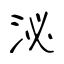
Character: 泌